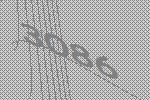
3086